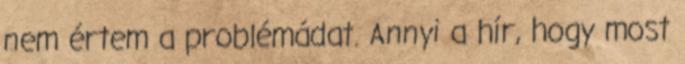
nem értem a problémádat. Annyi a hír, hogy most